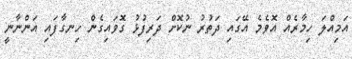
އަމިއްލަ ހިމާރެއް އޮވެމެ އޭގައި ދަތުރު ނުކޮށް ދަރިފުޅު ގޮވައިގެން ހިނގާފައި އަންނާނީ